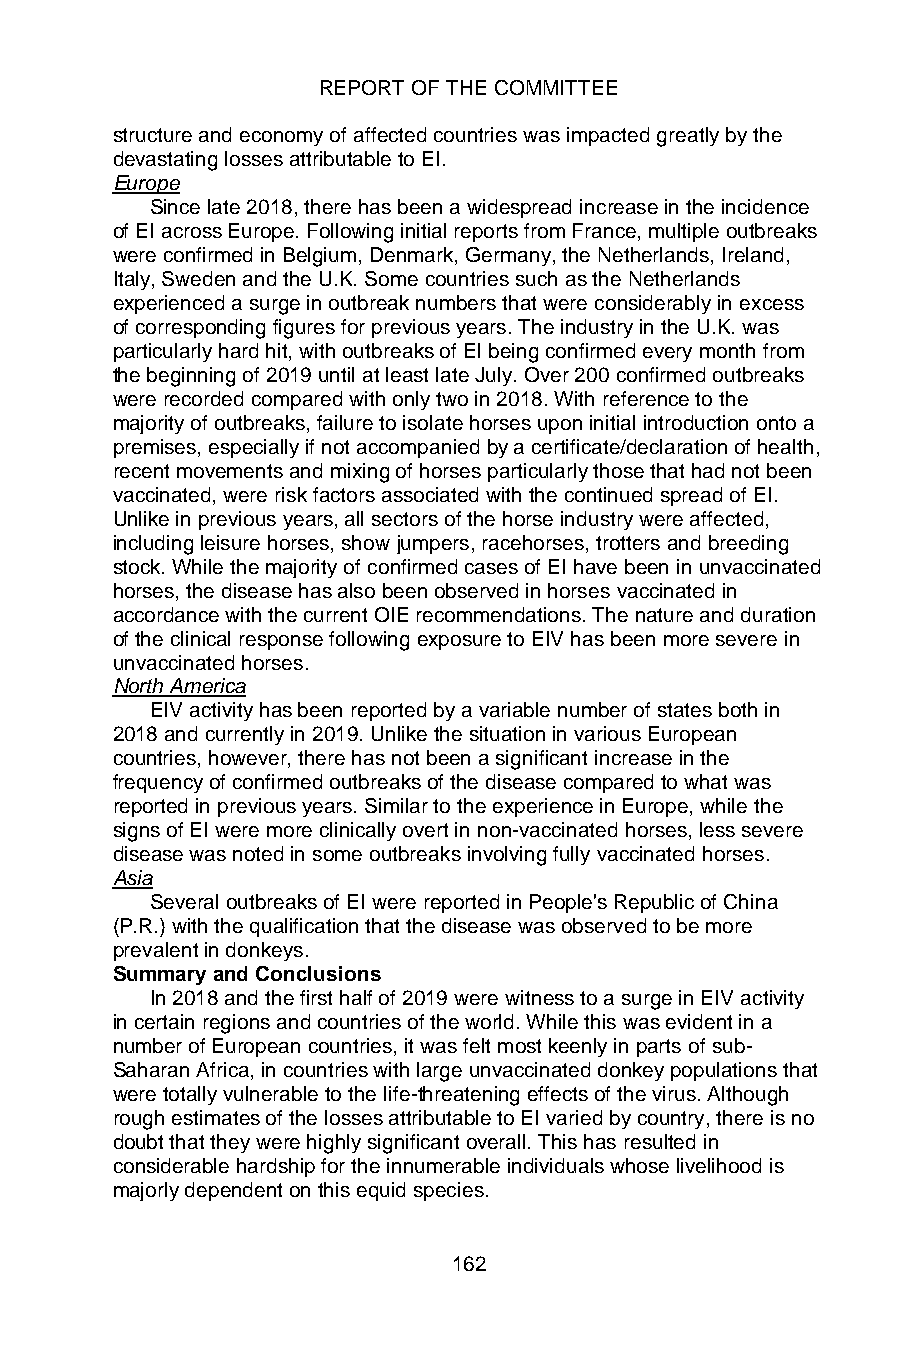
REPORT OF THE COMMITTEE
 structure and economy of affected countries was impacted greatly by the
 devastating losses attributable to EI.
 Europe
 Since late 2018, there has been a widespread increase in the incidence
 of EI across Europe. Following initial reports from France, multiple outbreaks
 were confirmed in Belgium, Denmark, Germany, the Netherlands, Ireland,
 Italy, Sweden and the U.K. Some countries such as the Netherlands
 experienced a surge in outbreak numbers that were considerably in excess
 of corresponding figures for previous years. The industry in the U.K. was
 particularly hard hit, with outbreaks of EI being confirmed every month from
 the beginning of 2019 until at least late July. Over 200 confirmed outbreaks
 were recorded compared with only two in 2018. With reference to the
 majority of outbreaks, failure to isolate horses upon initial introduction onto a
 premises, especially if not accompanied by a certificate/declaration of health,
 recent movements and mixing of horses particularly those that had not been
 vaccinated, were risk factors associated with the continued spread of EI.
 Unlike in previous years, all sectors of the horse industry were affected,
 including leisure horses, show jumpers, racehorses, trotters and breeding
 stock. While the majority of confirmed cases of EI have been in unvaccinated
 horses, the disease has also been observed in horses vaccinated in
 accordance with the current OIE recommendations. The nature and duration
 of the clinical response following exposure to EIV has been more severe in
 unvaccinated horses.
 North America
 EIV activity has been reported by a variable number of states both in
 2018 and currently in 2019. Unlike the situation in various European
 countries, however, there has not been a significant increase in the
 frequency of confirmed outbreaks of the disease compared to what was
 reported in previous years. Similar to the experience in Europe, while the
 signs of EI were more clinically overt in non-vaccinated horses, less severe
 disease was noted in some outbreaks involving fully vaccinated horses.
 Asia
 Several outbreaks of EI were reported in People's Republic of China
 (P.R.) with the qualification that the disease was observed to be more
 prevalent in donkeys.
 Summary and Conclusions
 In 2018 and the first half of 2019 were witness to a surge in EIV activity
 in certain regions and countries of the world. While this was evident in a
 number of European countries, it was felt most keenly in parts of sub-
 Saharan Africa, in countries with large unvaccinated donkey populations that
 were totally vulnerable to the life-threatening effects of the virus. Although
 rough estimates of the losses attributable to EI varied by country, there is no
 doubt that they were highly significant overall. This has resulted in
 considerable hardship for the innumerable individuals whose livelihood is
 majorly dependent on this equid species.
 162